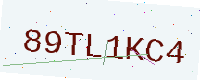
Text: 89TL1KC4